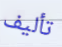
تأليف